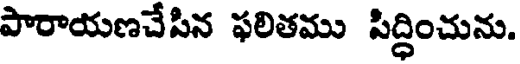
పారాయణచేసిన ఫలితము సిద్ధించును.